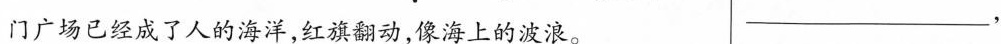
门广场已经成了人的海洋，红旗翻动，像海上的波浪。___，